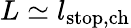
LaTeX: L\simeq l_{\mathrm{stop,ch}}